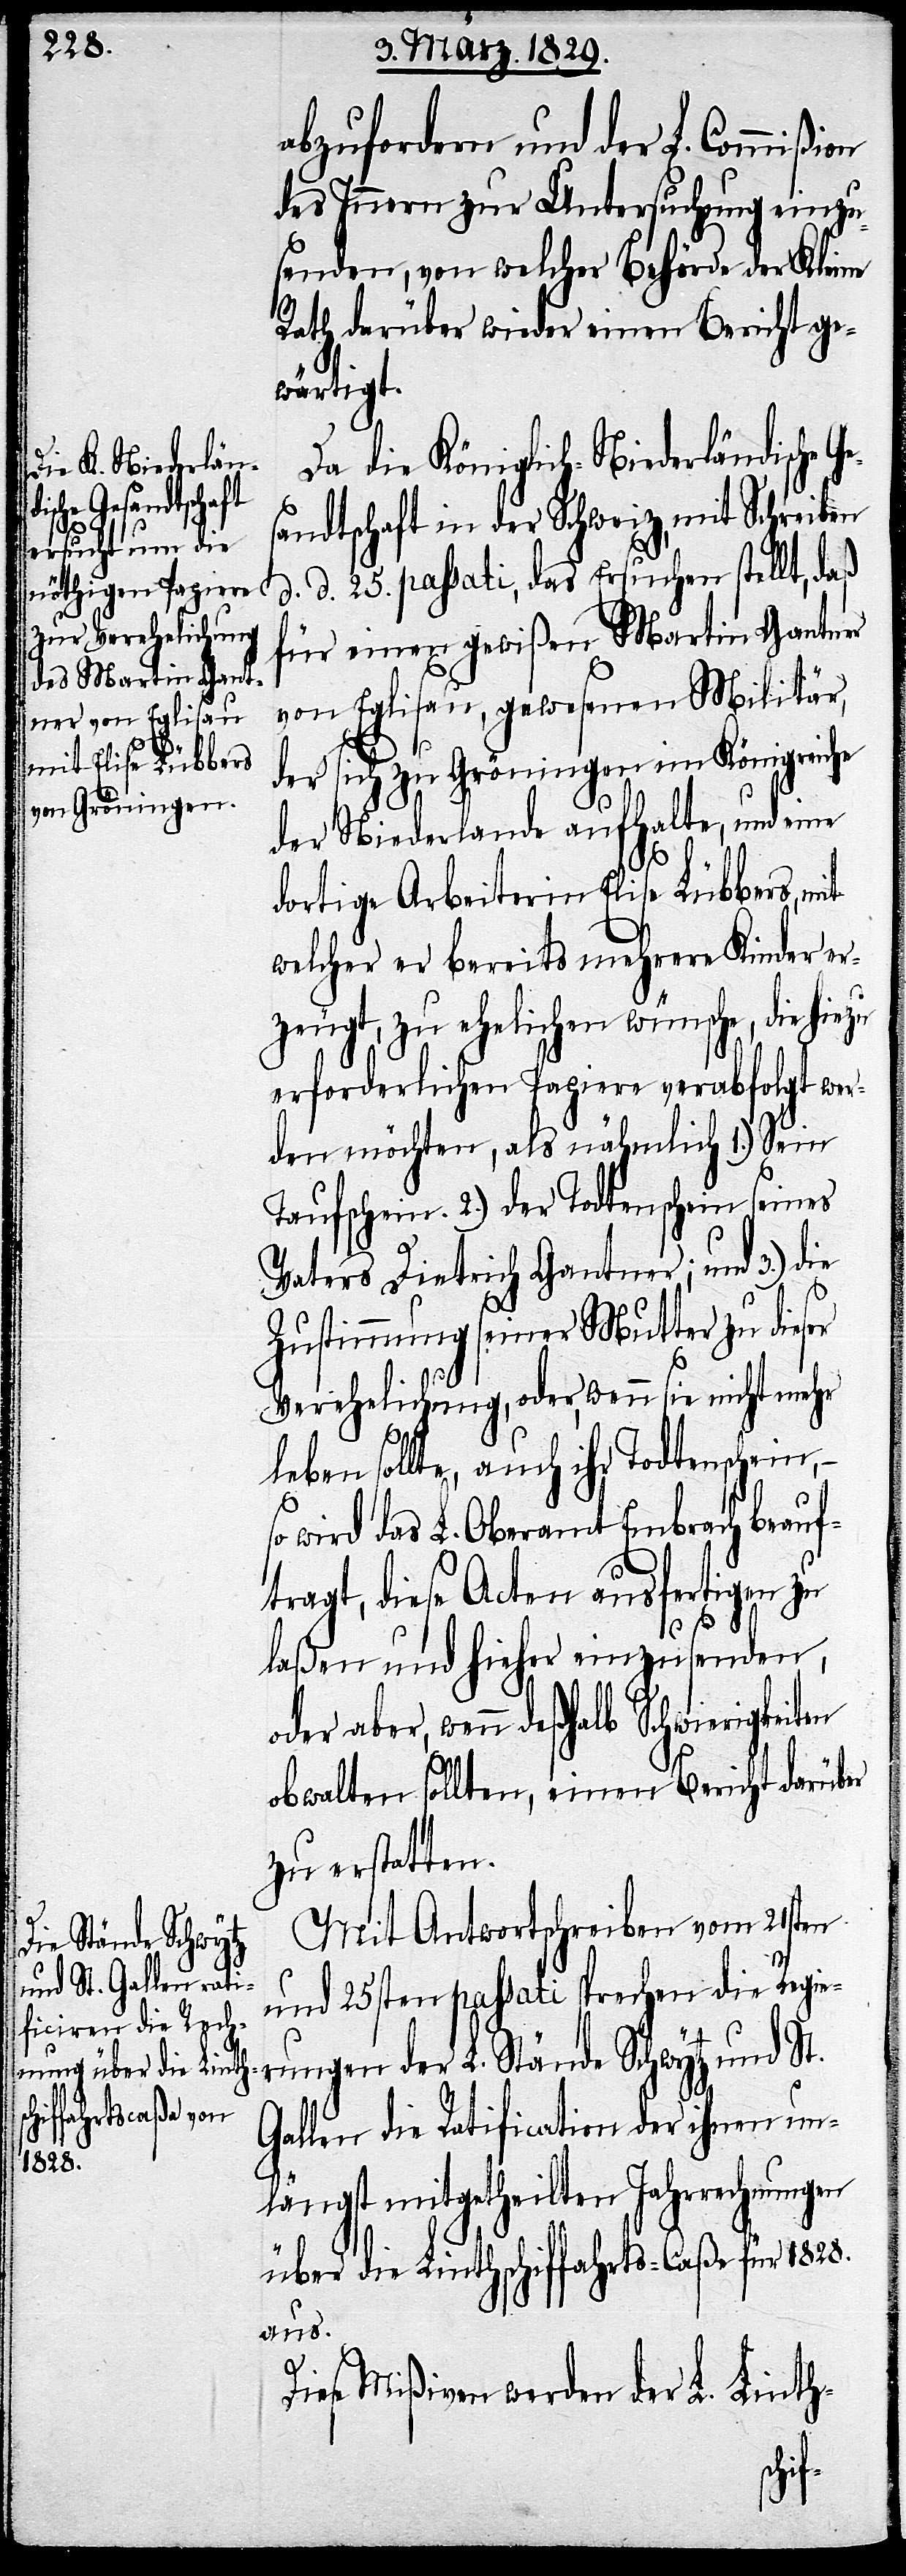
abzufordern und der L. Commißion
des Innern zur Untersuchung einzu¬
senden, von welcher Behörde der Kleine
Rath darüber wieder einen Bericht ge¬
wärtigt.
Da die Königlich-Niederländische
andtschaft in der Schweiz, mit Schreiben
d. d. 25. passati, das Ersuchen stellt, daß
für einen gewißen Militär,
der sich zu Gröningen im Königreich
der Niederlanden aufhalte, und eine
Ges¬
dortige Arbeiterin Elise Lübbers, mit
welcher er bereits mehrere Kinder er¬
zeugt, zu ehelichen wünsche, die hiezu
erforderlichen Papiere verabfolgt wer¬
den möchten, als nähmlich 1.) Sein
Taufschein. 2.) der Todtenschein seines
Vaters Dietrich Gantner; und 3.) die
Zustimmung seiner Mutter zu dieser
Verehelichung, oder, wenn sie nicht mehr
leben sollte, auch ihr Todtenschein,–
wird das L. Oberamt Embrach beauf¬
tragt, diese Acten ausfertigen zu
laßen und hieher einzusenden,
aber, wenn deßhalb Schwierigkeiten
obwalten sollten, einen Bericht darüber
zu erstatten.
Mit Antwortschreiben vom 21sten
und 25sten passati sprechen die Regie¬
rungen der L. Stände Schwytz und St.
Gallen die Ratification der ihnen un¬
längst mitgetheilten Jahrrechnungen
über die Linthschiffahrts-Caße für 1828.
aus.
Diese Mißiven werde der L. Linth-